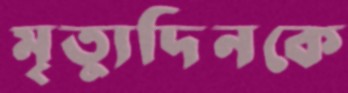
মৃত্যুদিনকে